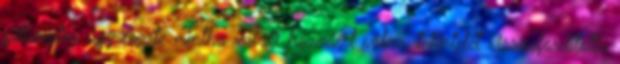
pillanatra úgy érezte mintha valaki hozzáért volna, tekintetét visszafordította